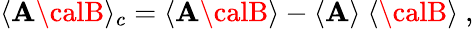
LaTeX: \langle{\cal\mathbf{A}}{\calB}\rangle_{c}=\langle{\cal\mathbf{A}}{\calB}\rangle-\langle{\cal\mathbf{A}}\rangle~\langle{\calB}\rangle~,